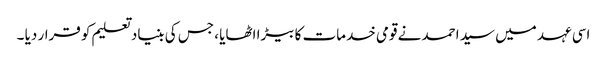
اسی عہد میں سید احمد نے قومی خدمات کا بیڑا اٹھایا ، جس کی بنیاد تعلیم کو قرار دیا ۔